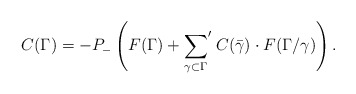
\begin{align*}C(\Gamma)=-P_{-}\left(F(\Gamma)+{\sum_{\gamma\subset\Gamma}}'\;C(\bar{\gamma})\cdot F(\Gamma/\gamma)\right).\end{align*}